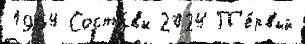
1964 Соста́вы 2024 П'е́рвый